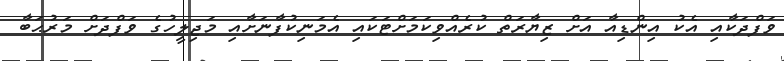
ވަފްދަކާއި އެކު އިންޑިއާ އަށް ޒިޔާރަތް ކުރެއްވިކަމަށްޓަކައި އެމަނިކުފާނަށާއި މަޖިލީހުގެ ވަފްދަށް މަރުޙަބާ